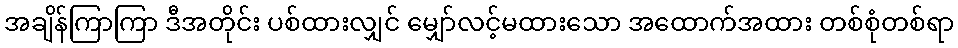
အချိန်ကြာကြာ ဒီအတိုင်း ပစ်ထားလျှင် မျှော်လင့်မထားသော အထောက်အထား တစ်စုံတစ်ရာ